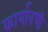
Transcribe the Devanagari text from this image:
कार्यावधी